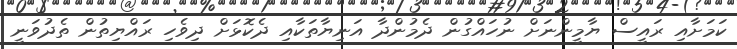
ކަމަށާއި ރައީސް ޔާމީންނަށް ނުހައްގުން ދެމުންދާ އަނިޔާތަކާއި ދެކޮޅަށް ދިވެހި ރައްޔިތުން ތެދުވަނީ